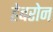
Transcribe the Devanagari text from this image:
हेबरोन